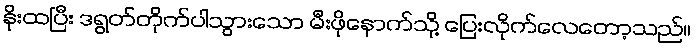
နိုးထပြီး ဒရွတ်တိုက်ပါသွားသော မီးဖိုနောက်သို့ ပြေးလိုက်လေတော့သည်။